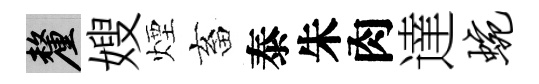
厘嫂煙畜泰朱肉達蜿